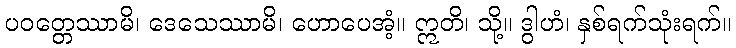
ပဝတ္တေဿာမိ၊ ဒေသေဿာမိ၊ ဟောပေအံ့။ ဣတိ၊ သို့။ ဒွါဟံ၊ နှစ်ရက်သုံးရက်။